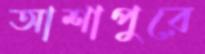
আশাপুরে